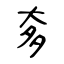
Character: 奓